Rangoon Lunatic Asylum 1893-1897 - 1893-1897
Year: 1893
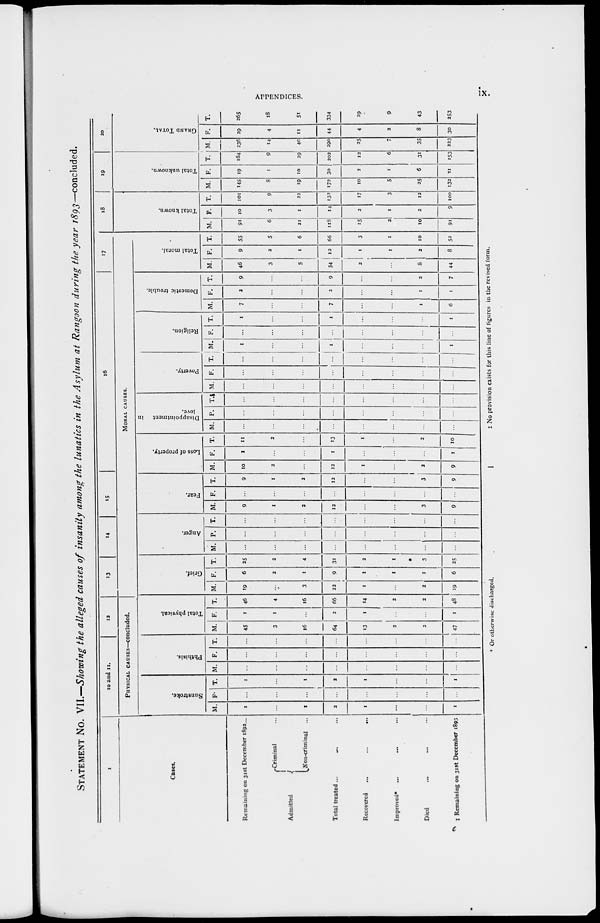
APPENDICES.
ix.
STATEMENT No. VII.—Showing the alleged causes of insanity among the lunatics in the Asylum at Rangoon during the year 1893—concluded.
1
Cases.
Remaining on 31st December 1892...
Admitted
Criminal ...
Non-criminal ...
Total treated ...
Recovered
...
...
...
Improved* ... ... ...
Died ... ... ...
‡Remaining on 31st December 1893
10 and 11.
12
PHYSICAL CAUSES—concluded.
Sunstroke.
M.
1
...
1
2
1
...
...
1
F.
...
...
...
...
...
...
...
...
T.
1
...
1
2
1
...
...
1
Phthisis.
M.
...
...
...
...
...
...
...
...
F.
...
...
...
...
...
...
...
...
T.
...
...
...
...
...
...
...
...
Total physical.
M.
45
3
16
64
13
2
2
47
F.
1
1
...
2
1
...
...
1
T.
46
4
16
66
14
2
2
48
13
14
15
16
17
MORAL CAUSES.
Grief.
M.
19
...
3
22
1
...
2
19
F.
6
2
1
9
1
1
1
6
T.
25
2
4
31
2
1
3
25
Anger.
M.
...
...
...
...
...
...
...
...
F.
...
...
...
...
...
...
...
...
T.
...
...
...
...
...
...
...
...
Fear.
M.
9
1
2
12
...
...
3
9
F.
...
...
...
...
...
...
...
...
T.
9
1
2
12
...
...
3
9
Loss of property.
M.
10
2
...
12
1
...
2
9
F.
1
...
...
1
...
...
...
1
T.
11
2
...
13
1
...
2
10
Disappointment
in
love.
M.
...
...
...
...
...
...
...
...
F.
...
...
...
...
...
...
...
...
T.
...
...
...
...
...
...
...
...
Poverty.
M.
...
...
...
...
...
...
...
...
F.
...
...
...
...
...
...
...
...
T.
...
...
...
...
...
...
...
...
Religion.
M.
1
...
...
1
...
...
...
1
F.
...
...
...
...
...
...
...
...
T.
1
...
...
1
...
...
...
1
Domestic trouble.
M.
7
...
...
7
...
...
1
6
F.
2
...
...
2
...
...
1
1
T.
9
...
...
9
...
...
2
7
Total moral.
M.
46
3
5
54
2
...
8
44
F.
9
2
1
12
1
1
2
8
T.
55
5
6
66
3
1
10
52
18
Total known.
M.
91
6
21
118
15
2
10
91
F.
10
3
1
14
2
1
2
9
T.
101
9
22
132
17
3
12
100
19
Total unknown.
M.
145
8
19
172
10
5
25
132
F.
19
1
10
30
2
1
6
21
T.
164
9
29
202
12
6
31
153
20
GRAND TOTAL.
M.
236
14
40
290
25
7
35
223
F.
29
4
11
44
4
2
8
30
T.
265
18
51
334
29
9
43
253
* Or otherwise discharged.
‡ No provision exists for this line of figures in the revised form.
c